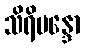
သိရိမန္ဒော